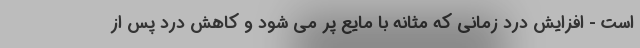
است - افزایش درد زمانی که مثانه با مایع پر می شود و کاهش درد پس از